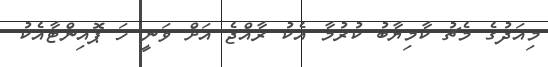
މިއަދުގެ މެޗު ކާމިޔާބު ކުރުމާ އެކު ރާއްޖެ އަށް ވަނީ ހަ ޕޮއިންޓާއެކު